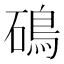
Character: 䲽